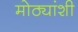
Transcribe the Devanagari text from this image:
मोठ्यांशी